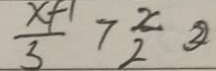
\frac { x + 1 } { 3 } > \frac { x } { 2 } \textcircled { 2 }